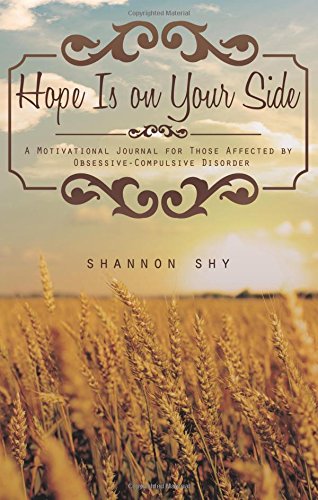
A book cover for Hope Is on Your Side: A Motivational Journal for Those Affected by Obsessive-compulsive Disorder; Shannon Shy; Health, Fitness & Dieting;